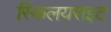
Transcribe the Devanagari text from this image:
स्किलयराइट